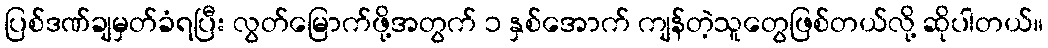
ပြစ်ဒဏ်ချမှတ်ခံရပြီး လွတ်မြောက်ဖို့အတွက် ၁ နှစ်အောက် ကျန်တဲ့သူတွေဖြစ်တယ်လို့ ဆိုပါတယ်။